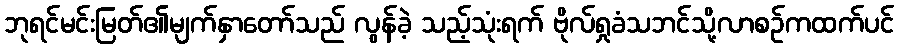
ဘုရင်မင်းမြတ်၏မျက်နှာတော်သည် လွန်ခဲ့ သည့်သုံးရက် ဗိုလ်ရှုခံသဘင်သို့လာစဉ်ကထက်ပင်